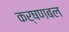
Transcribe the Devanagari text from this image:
कर्षणबल